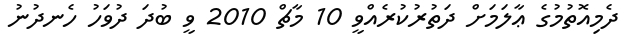
ދެމިއޮތުމުގެ ޢާލަމަށް ދަތުރުކުރެއްވީ 10 މާޗް 2010 ވީ ބުދަ ދުވަހު ހެނދުނު